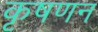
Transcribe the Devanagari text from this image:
कृषणन